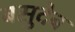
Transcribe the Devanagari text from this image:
बसुदेब